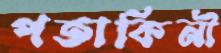
পতাকিনী